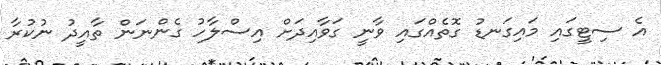
އެ ސިޓީގައި މައިގަނޑު ގޮތެއްގައި ވާނީ ގަވާއިދަށް އިސްލާހު ގެންނަން ތާއީދު ނުކުރާ